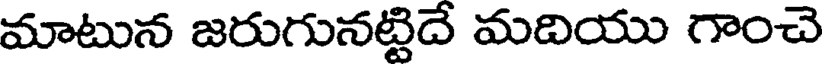
మాటున జరుగునట్టిదే మదియు గాంచె